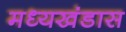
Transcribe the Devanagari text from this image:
मध्यखंडास